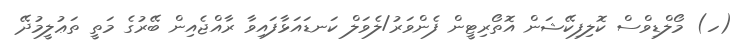
(ހ) މޯލްޑިވްސް ކޮލިފިކޭޝަން އޮތޯރިޓީން ފެންވަރު/ލެވަލް ކަނޑައަޅާފައިވާ ރާއްޖެއިން ބޭރުގެ މަތީ ތަޢުލީމުދޭ